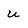
Character: u